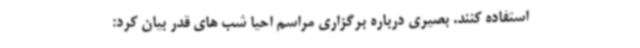
استفاده کنند. بصیری درباره برگزاری مراسم احیا شب های قدر بیان کرد: